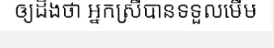
ឲ្យដឹងថា អ្នកស្រីបានទទួលមើម